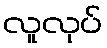
လူလုပ်